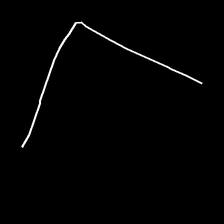
Glyph: region